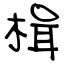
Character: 楫